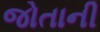
જોતાની